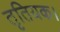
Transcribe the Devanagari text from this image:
तृतियक।